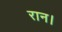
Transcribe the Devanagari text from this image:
रान।